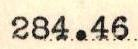
284.46